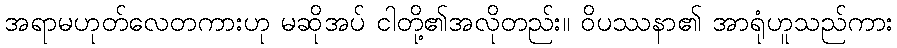
အရာမဟုတ်လေတကားဟု မဆိုအပ် ငါတို့၏အလိုတည်း။ ဝိပဿနာ၏ အာရုံဟူသည်ကား